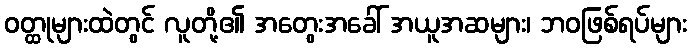
ဝတ္ထုများထဲတွင် လူတို့၏ အတွေးအခေါ် အယူအဆများ၊ ဘဝဖြစ်ရပ်များ